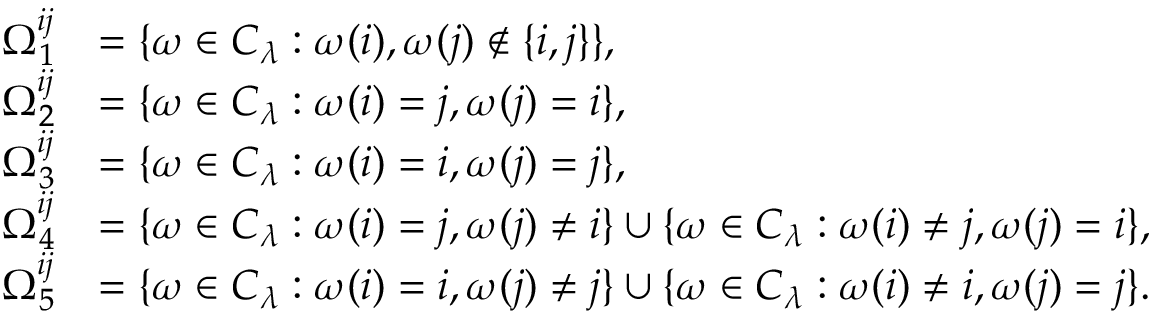
\begin{array} { r l } { \Omega _ { 1 } ^ { i j } } & { = \{ \omega \in C _ { \lambda } : \omega ( i ) , \omega ( j ) \notin \{ i , j \} \} , } \\ { \Omega _ { 2 } ^ { i j } } & { = \{ \omega \in C _ { \lambda } : \omega ( i ) = j , \omega ( j ) = i \} , } \\ { \Omega _ { 3 } ^ { i j } } & { = \{ \omega \in C _ { \lambda } : \omega ( i ) = i , \omega ( j ) = j \} , } \\ { \Omega _ { 4 } ^ { i j } } & { = \{ \omega \in C _ { \lambda } : \omega ( i ) = j , \omega ( j ) \neq i \} \cup \{ \omega \in C _ { \lambda } : \omega ( i ) \neq j , \omega ( j ) = i \} , } \\ { \Omega _ { 5 } ^ { i j } } & { = \{ \omega \in C _ { \lambda } : \omega ( i ) = i , \omega ( j ) \neq j \} \cup \{ \omega \in C _ { \lambda } : \omega ( i ) \neq i , \omega ( j ) = j \} . } \end{array}